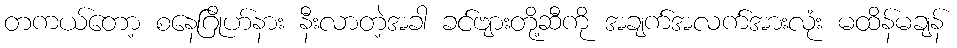
တကယ်တော့ စနေဂြိုဟ်နား နီးလာတဲ့အခါ ခင်ဗျားတို့ဆီကို အချက်အလက်အားလုံး မထိန်မချန်